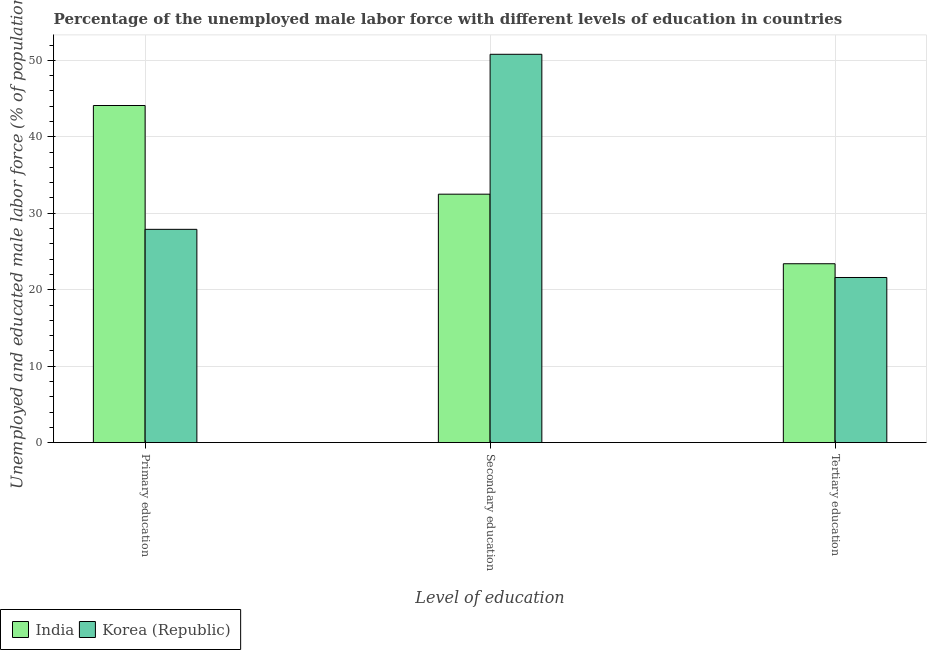
| Level of education | India | Korea (Republic) |
 | --- | --- | --- |
 | Primary education | 44.1 | 27.9 |
 | Secondary education | 32.5 | 50.8 |
 | Tertiary education | 23.4 | 21.6 |